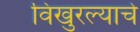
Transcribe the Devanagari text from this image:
विखुरल्याचे